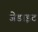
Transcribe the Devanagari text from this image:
जेडाइट